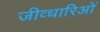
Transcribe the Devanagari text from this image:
जीव्धारिओं